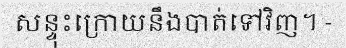
សន្ទុះក្រោយនឹងបាត់ទៅវិញ។ -